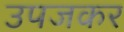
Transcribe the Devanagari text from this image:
उपजकर